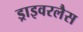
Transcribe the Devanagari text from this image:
ड्राइवरलैस